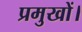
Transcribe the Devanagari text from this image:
प्रमुखों।